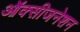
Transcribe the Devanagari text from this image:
ऑक्सीजनेशन